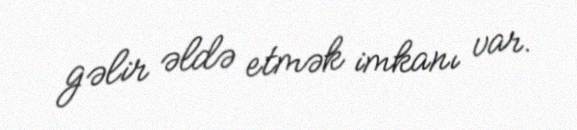
gəlir əldə etmək imkanı var.